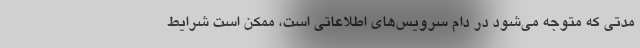
مدتی که متوجه می‌شود در دام سرویس‌های اطلاعاتی است، ممکن است شرایط